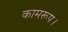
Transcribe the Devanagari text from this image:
कामरूप।